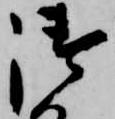
御